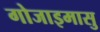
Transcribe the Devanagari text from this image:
गोजाइमासु